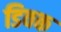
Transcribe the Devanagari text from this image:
डिवक